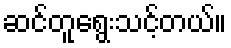
ဆင်တူရွေးသင့်တယ်။